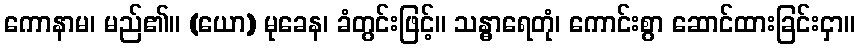
ကောနာမ၊ မည်၏။ (ယော) မုခေန၊ ခံတွင်းဖြင့်။ သန္ဓာရေတုံ၊ ကောင်းစွာ ဆောင်ထားခြင်းငှာ။